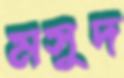
মসুদ